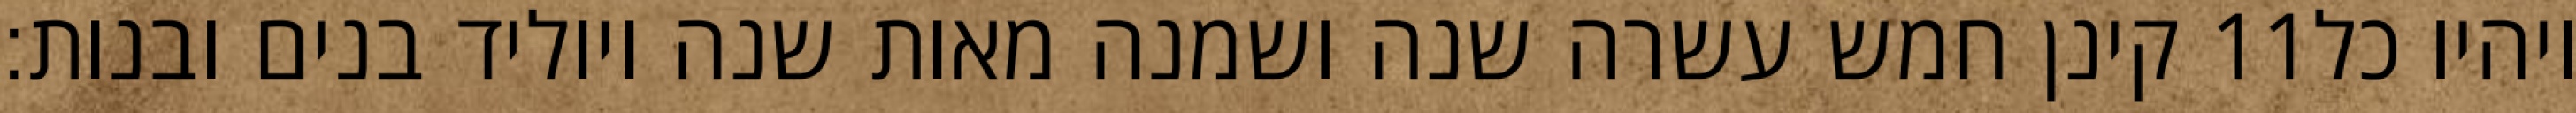
קינן חמש עשרה שנה ושמנה מאות שנה ויוליד בנים ובנות׃ ‎11‏ ויהיו כל